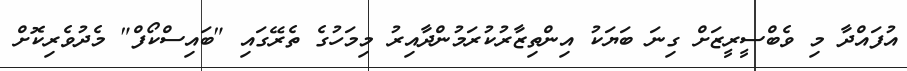
އުފައްދާ މި ވެބްސީރީޒަށް ގިނަ ބަޔަކު އިންތިޒާރުކުރަމުންދާއިރު މިމަހުގެ ތެރޭގައި "ބައިސްކޯފް" މެދުވެރިކޮށް